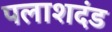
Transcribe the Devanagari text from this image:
पलाशदंड